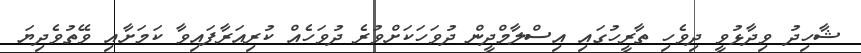
ޝާހިދު ވިދާޅުވީ ދިވެހި ތާރީހުގައި އިސްލާމްދީން ދުވަހަކަށްވުރެ ދުވަހެއް ކުރިއަރާފައިވާ ކަމަށާއި ވޭތުވެދިޔަ